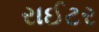
રાઈટર